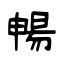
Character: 暢